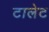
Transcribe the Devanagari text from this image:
टालेट